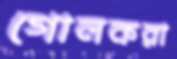
গোলকরা